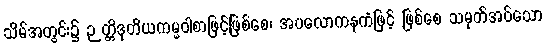
သိမ်အတွင်း၌ ဉတ္တိဒုတိယကမ္မဝါစာဖြင့်ဖြစ်စေ၊ အပလောကနကံဖြင့် ဖြစ်စေ သမုတ်အပ်သော